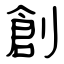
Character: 創